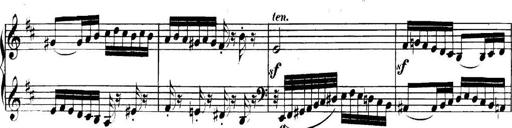
Title: Collected Piano Sonatas
Composer: Muzio Clementi